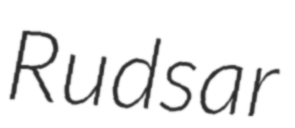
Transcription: Rudsar